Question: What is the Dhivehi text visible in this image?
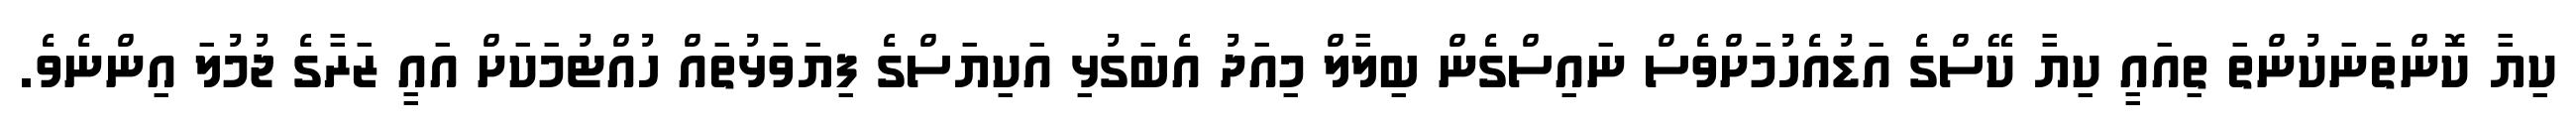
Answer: ކިޔާ ކޮންތަނަކުންތަ ތިއައީ ކިޔާ ކޭސްގެ އަޑުއެހުމަށްވެސް ނައިސްގެން ބިލާލް މިއަދު އެބަގުޅި އަކިޔަސްގެ ފިޔަވަޅުތައް ހުއްޓުމަކަށް އައީ ޒަރާގެ ޖުމުލަ އިންނެވެ.